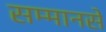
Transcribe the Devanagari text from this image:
सम्मानसे